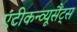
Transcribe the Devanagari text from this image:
एंटीकन्व्यूसैंट्स